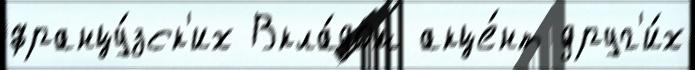
францу́зск'их Вкла́дом акце́нт друг'и́х